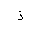
Letter: _thal